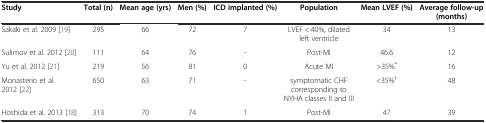
<table><thead><tr><td><b>Study</b></td><td><b>Total (n)</b></td><td><b>Mean age (yrs)</b></td><td><b>Men (%)</b></td><td><b>ICD implanted (%)</b></td><td><b>Population</b></td><td><b>Mean LVEF (%)</b></td><td><b>Average follow-up (months)</b></td></tr></thead><tbody><tr><td>Sakaki et al. 2009 [19]</td><td>295</td><td>66</td><td>72</td><td>7</td><td>LVEF &lt; 40%, dilated left ventricle</td><td>34</td><td>13</td></tr><tr><td>Sulimov et al. 2012 [20]</td><td>111</td><td>64</td><td>76</td><td>-</td><td>Post-MI</td><td>46.6</td><td>12</td></tr><tr><td>Yu et al. 2012 [21]</td><td>219</td><td>56</td><td>81</td><td>0</td><td>Acute MI</td><td>&gt;35%<sup>*</sup></td><td>16</td></tr><tr><td>Monasterio et al. 2012 [22]</td><td>650</td><td>63</td><td>71</td><td>-</td><td>symptomatic CHF corresponding to NYHA classes II and III</td><td>&lt;35%<sup>†</sup></td><td>48</td></tr><tr><td>Hoshida et al. 2013 [18]</td><td>313</td><td>70</td><td>74</td><td>1</td><td>Post-MI</td><td>47</td><td>39</td></tr></tbody></table>